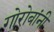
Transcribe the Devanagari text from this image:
गोरोबांनी